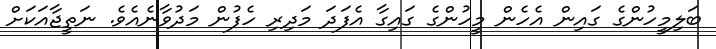
ބަލިމީހުންގެ ގައިން އެހެން މީހުންގެ ގައިގާ އެފަދަ މަދިރި ހެފުން މަދުވާނެއެވެ. ނަތީޖާއަކަށް